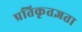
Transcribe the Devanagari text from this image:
प्रतिकृतज्ञता